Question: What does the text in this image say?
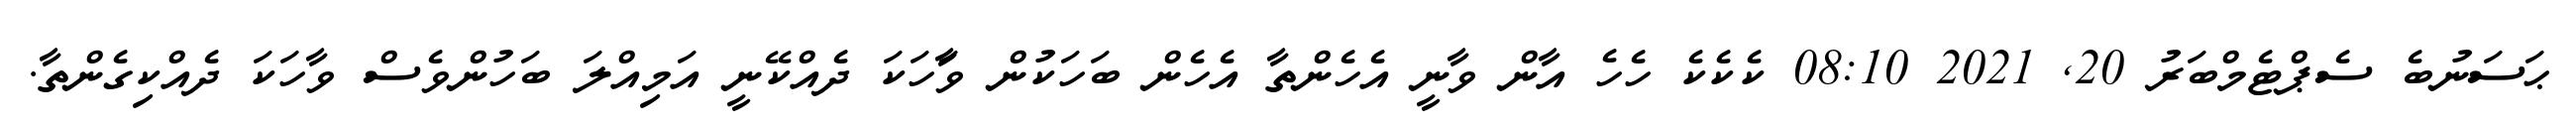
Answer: ޙަސަނުބެ ސެޕްޓެމްބަރު 20, 2021 08:10 ކެކެކެ ހެހެ އާން ވާނީ އެހެންތާ އެހެން ބަހަކުން ވަާހަކަ ދެއްކޭނީ އަމިއްލަ ބަހުންވެސް ވާހަކަ ދެއްކިގެންތާ.